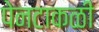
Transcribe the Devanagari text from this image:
पेनटाकळी